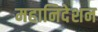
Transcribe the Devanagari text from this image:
महानिदेशन